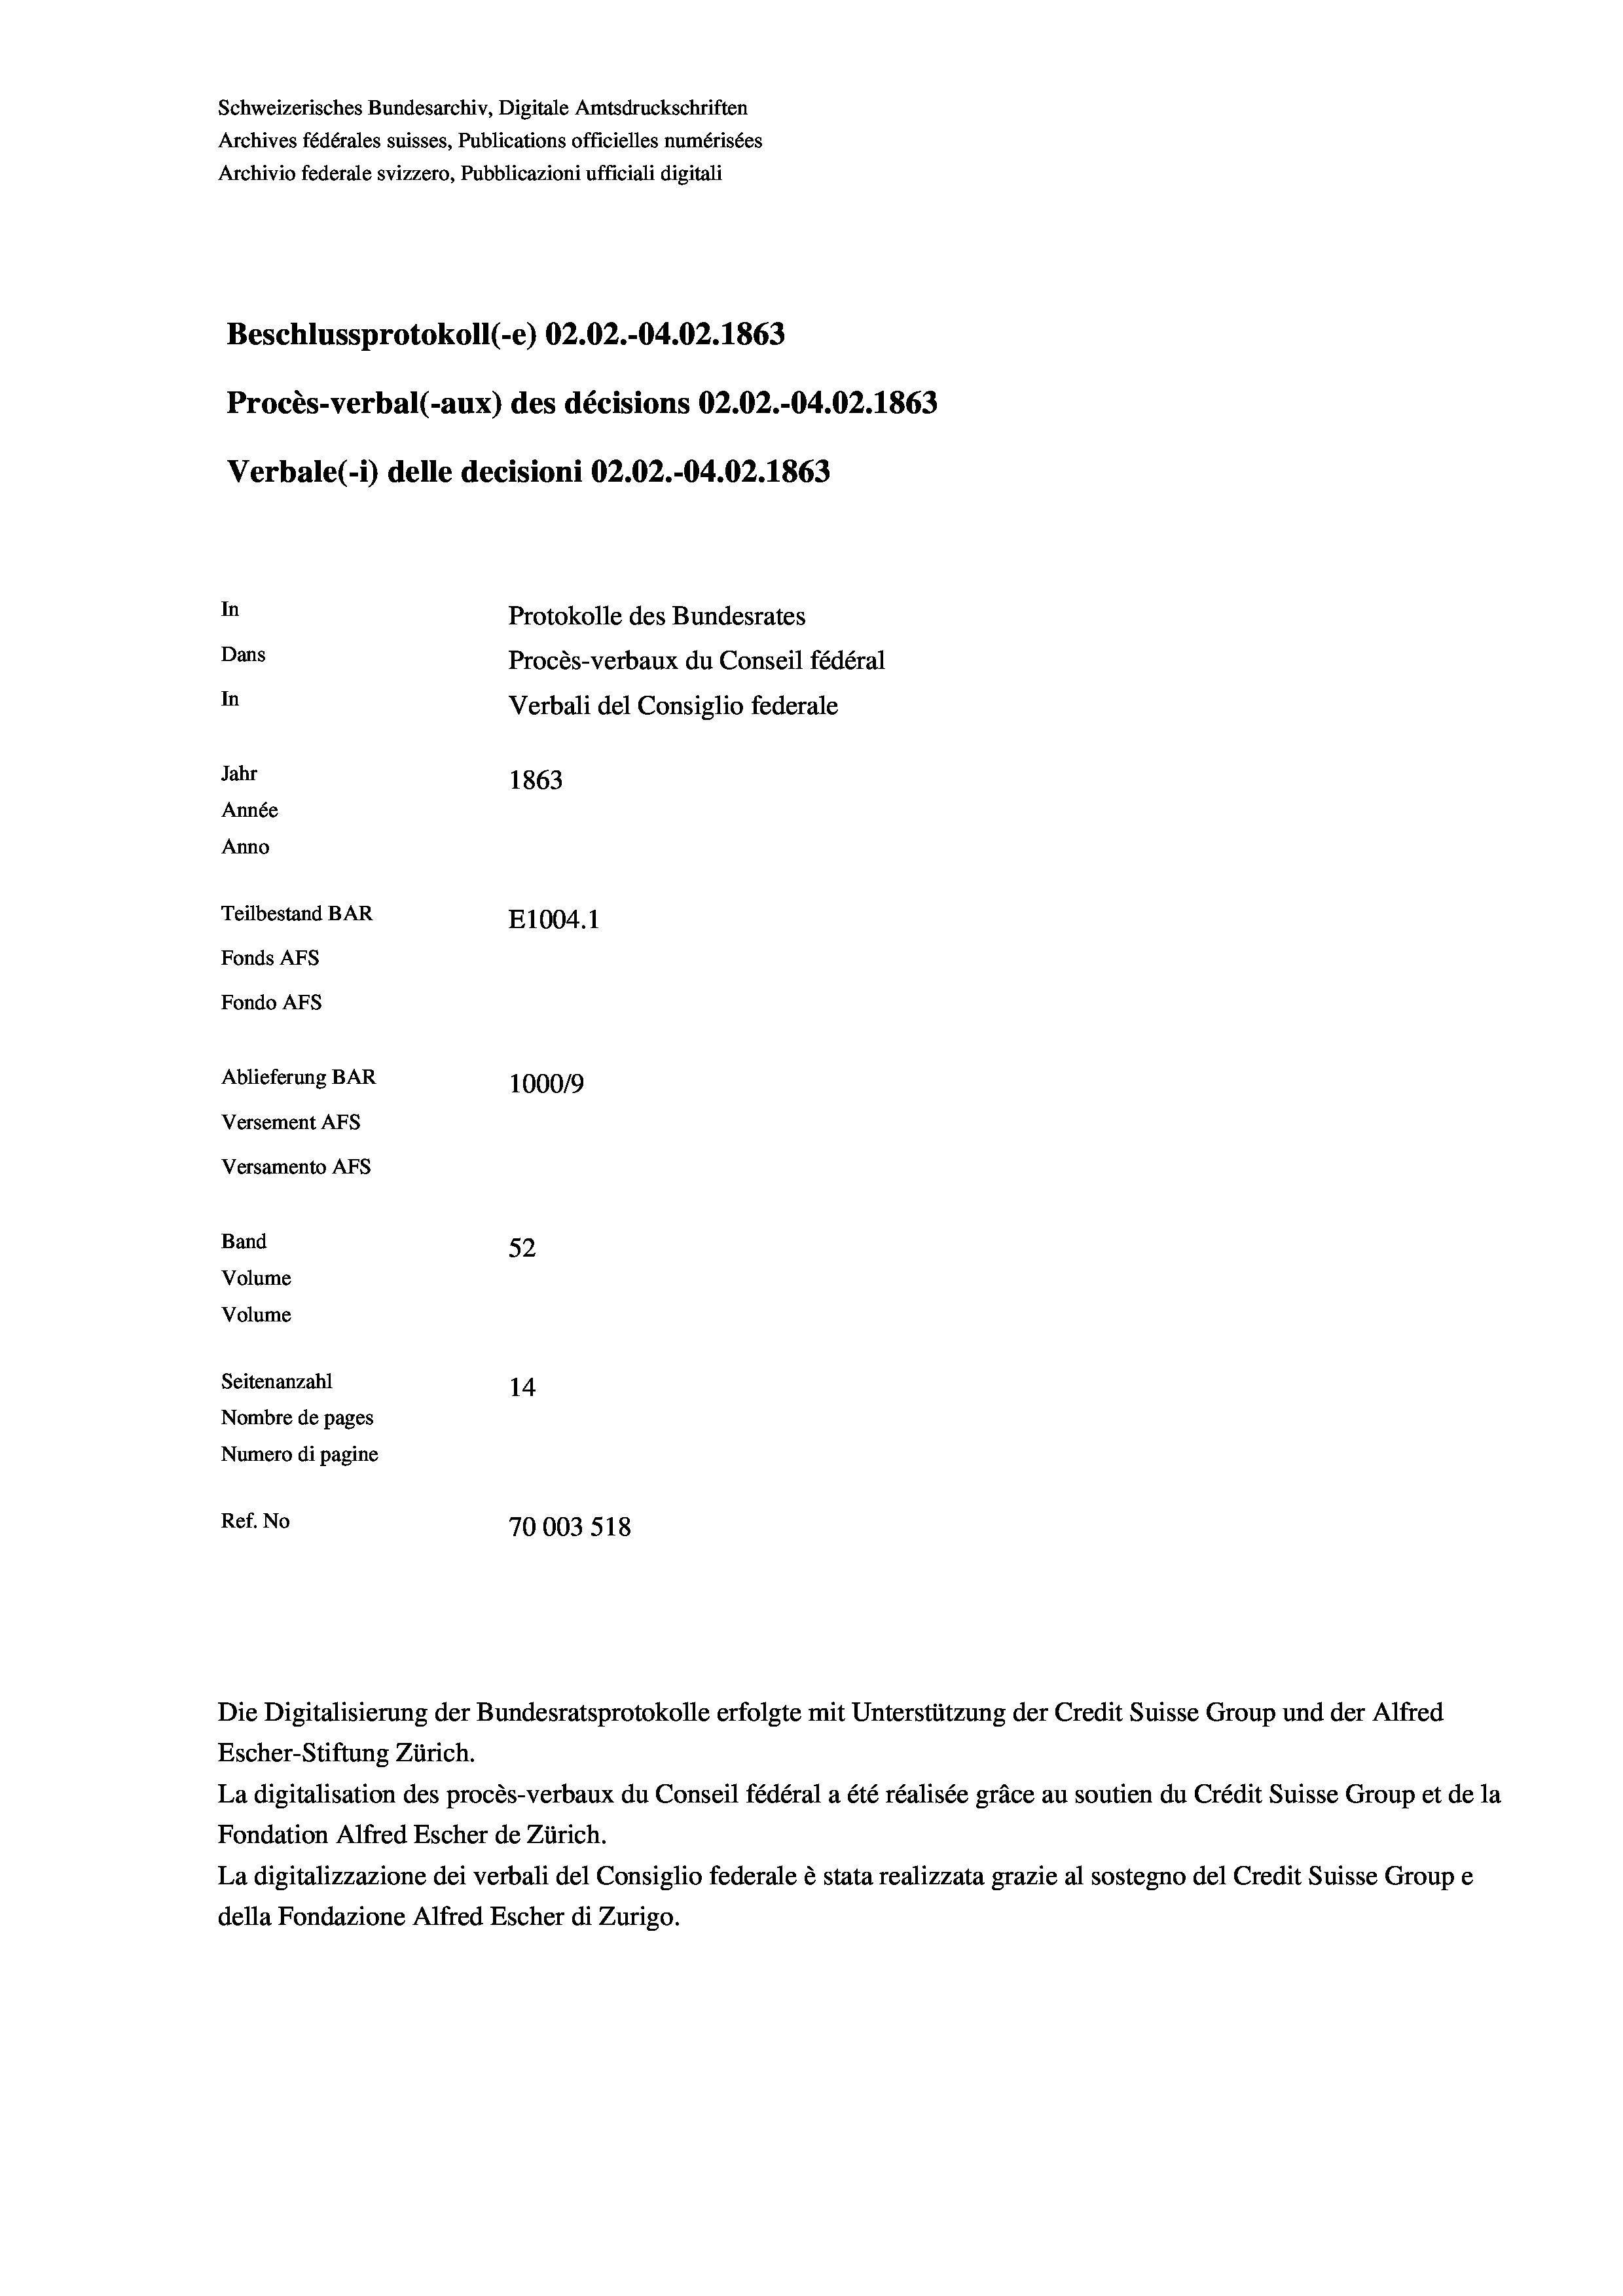
Beschlussprotokoll (-e) 02.02.-04.02. 1863
Procès-verbal (-aux) des décisions 02.02.-04.02. 1863
Verbale (i) delle decisioni 02.02.-04.02. 1863
In
Protokolle des Bundesrates
Dans
Procès-verbaux du Conseil fédéral
In
Verbali del Consiglio federale
Jahr
1863
Année
Anno
Teilbestand BAR
E1004. 1
Fonds AFs
Fondo AFs
Ablieferung BAR
100019
Versement AFs
Versamento Afs
Band
52
Volume
Volume

Seitenanzahl
14
Nombre de pages
Numero di pagine
Ref. No
70003 518

Schweizerisches Bundesarchiv, Digitale Amtsdruckschriften
Archives fédérales suisses, Publications officielles numérisées
Archivio federale svizzero, Pubblicazioni ufficiali digitali

Die Digitalisierung der Bundesratsprotokolle erfolgte mit Unterstützung der Credit Suisse Group und der Alfred
Escher-Stiftung Zürich.
La digitalisation des procès-verbaux du Conseil fédéral a été réalisée gräce au soutien du Crédit Suisse Group et de la
Fondation Alfred Escher de Zürich.
La digitalizzazione dei verbali del Consiglio federale è stata realizzata grazie al sostegno del Credit Suisse Groupe
della Fondazione Alfred Escher di Zurigo.